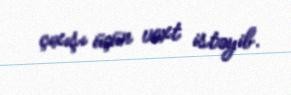
çıxışı üçün vaxt istəyib.